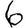
Digit: 6